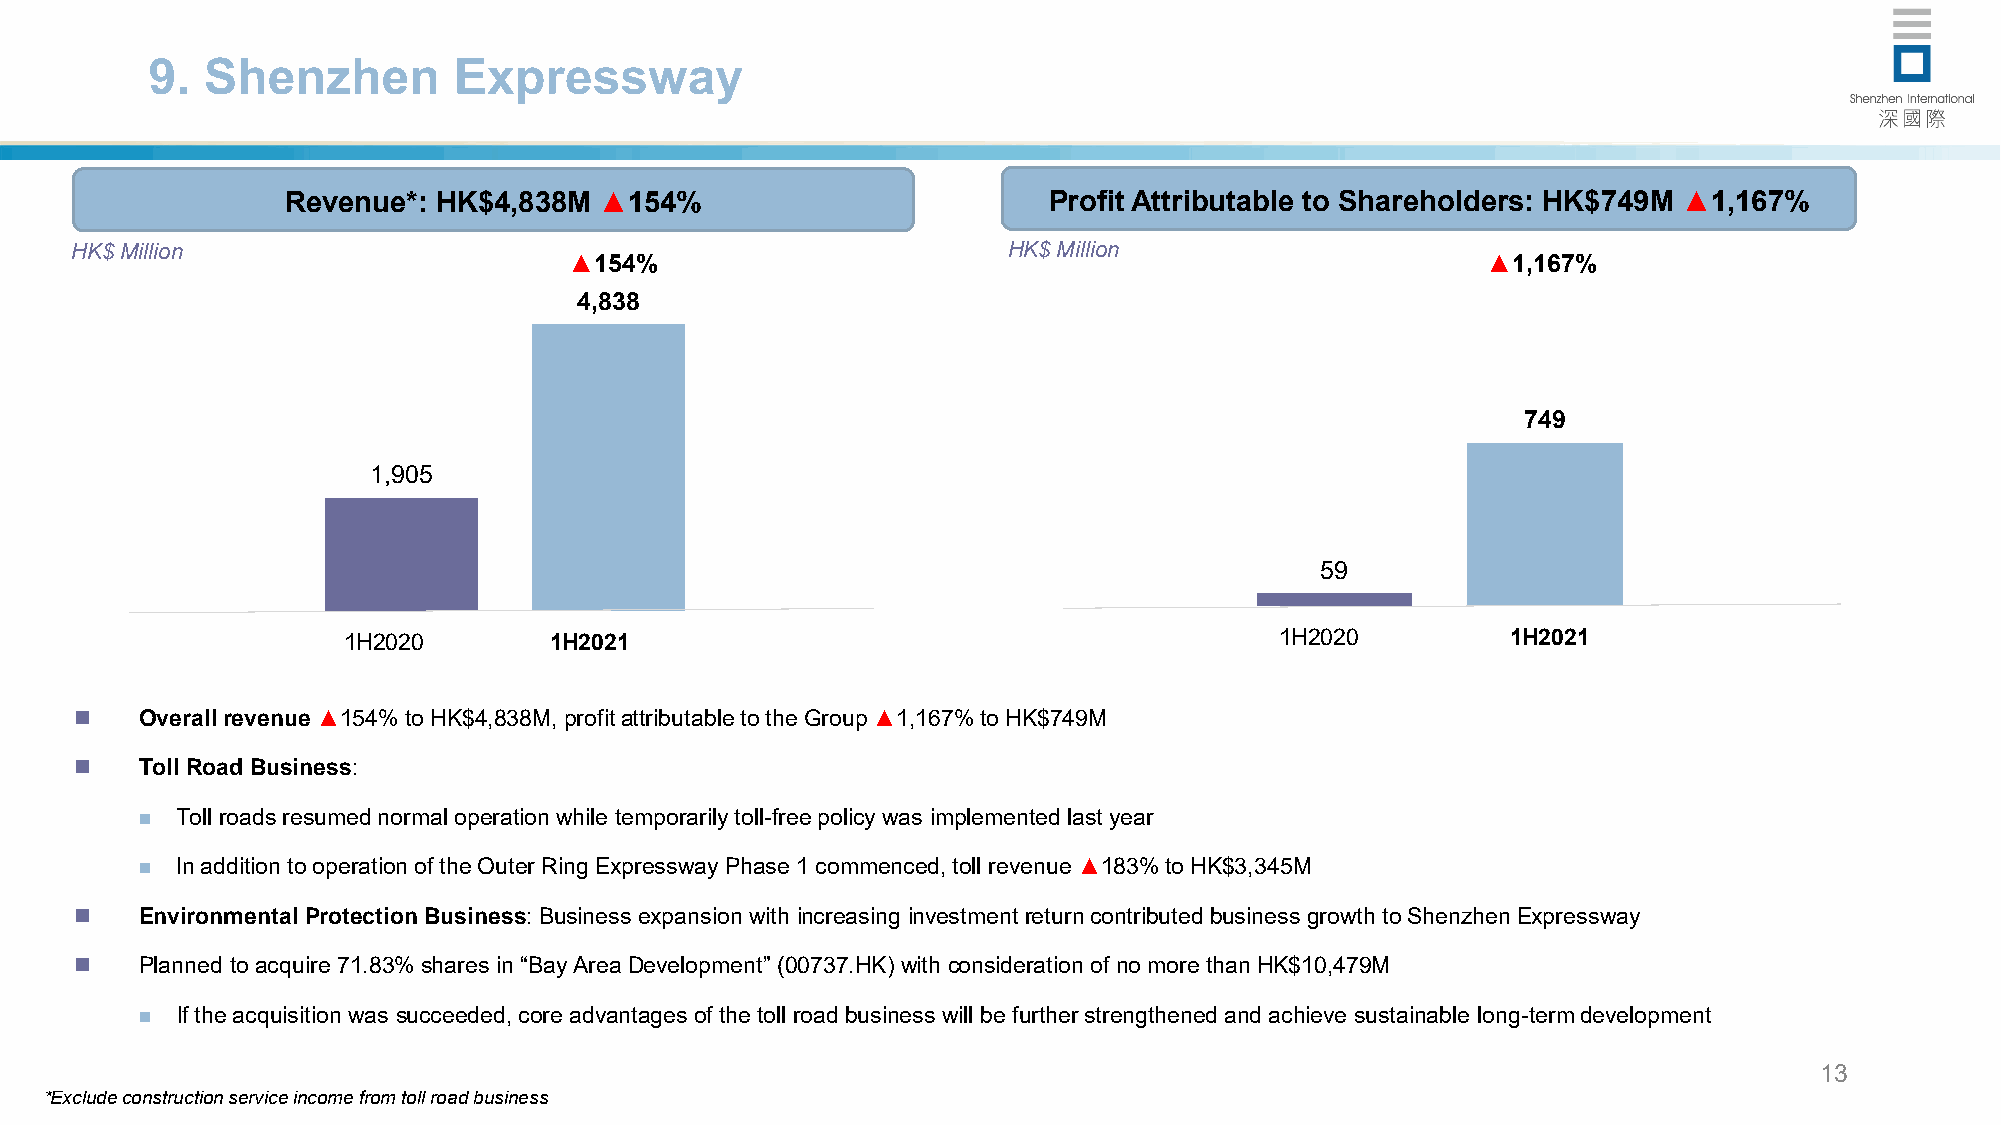
9. Shenzhen         Expressway
 Revenue*: HK$4,838M  ▲154%                        Profit Attributable to Shareholders: HK$749M ▲1,167%
 HK$ Million                                                   HK$ Million
 ▲154%                                                       ▲1,167%
 4,838
 749
 1,905
 59
 1H2020       1H2021                                           1H2020         1H2021
    Overallrevenue ▲154%toHK$4,838M, profitattributabletotheGroup▲1,167%toHK$749M
    TollRoad Business:
   Toll roads resumed normal operation while temporarily toll-free policy was implemented last year
   In addition to operation of the Outer Ring Expressway Phase 1 commenced, toll revenue ▲183% to HK$3,345M
    EnvironmentalProtectionBusiness:Business expansion with increasing investmentreturncontributedbusiness growthtoShenzhen Expressway
    Planned toacquire71.83%sharesin “BayAreaDevelopment” (00737.HK)with consideration ofnomorethanHK$10,479M
   If the acquisition was succeeded, core advantages of the toll road business will be further strengthened and achieve sustainable long-term development
 13
 *Exclude construction service income from toll road business